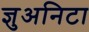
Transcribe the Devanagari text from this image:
ज्ञुअनिटा